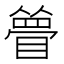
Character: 𥊃